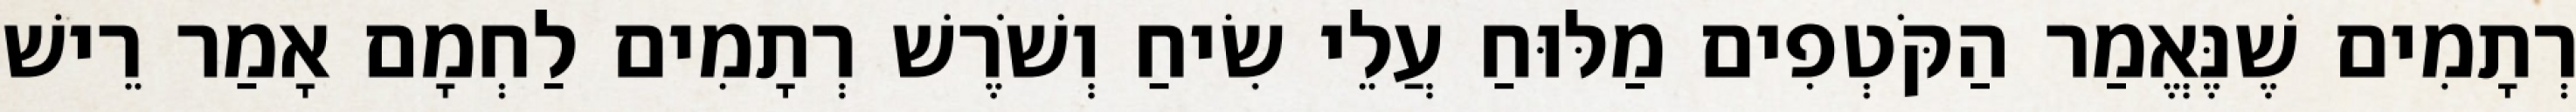
רְתָמִים שֶׁנֶּאֱמַר הַקֹּטְפִים מַלּוּחַ עֲלֵי שִׂיחַ וְשֹׁרֶשׁ רְתָמִים לַחְמָם אָמַר רֵישׁ